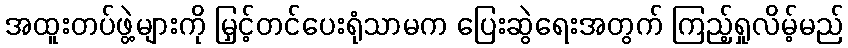
အထူးတပ်ဖွဲ့များကို မြှင့်တင်ပေးရုံသာမက ပြေးဆွဲရေးအတွက် ကြည့်ရှုလိမ့်မည်